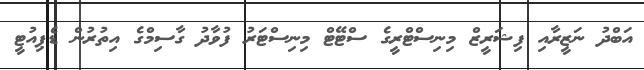
އަބްދު ނަޒީރާއި ފިޝަރީޒް މިނިސްޓްރީގެ ސްޓޭޓް މިނިސްޓަރު ފުވާދު ގާސިމްގެ އިތުރުން ޑެޕިއުޓީ